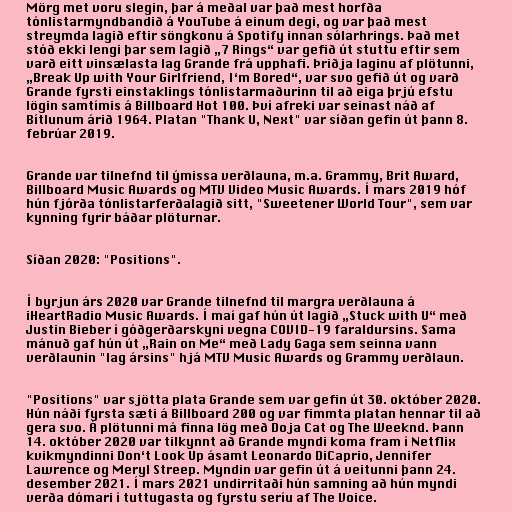
Mörg met voru slegin, þar á meðal var það mest horfða
tónlistarmyndbandið á YouTube á einum degi, og var það mest
streymda lagið eftir söngkonu á Spotify innan sólarhrings. Það met
stóð ekki lengi þar sem lagið „7 Rings“ var gefið út stuttu eftir sem
varð eitt vinsælasta lag Grande frá upphafi. Þriðja laginu af plötunni,
„Break Up with Your Girlfriend, I‘m Bored“, var svo gefið út og varð
Grande fyrsti einstaklings tónlistarmaðurinn til að eiga þrjú efstu
lögin samtímis á Billboard Hot 100. Því afreki var seinast náð af
Bítlunum árið 1964. Platan "Thank U, Next" var síðan gefin út þann 8.
febrúar 2019.

Grande var tilnefnd til ýmissa verðlauna, m.a. Grammy, Brit Award,
Billboard Music Awards og MTV Video Music Awards. Í mars 2019 hóf
hún fjórða tónlistarferðalagið sitt, "Sweetener World Tour", sem var
kynning fyrir báðar plöturnar.

Síðan 2020: "Positions".

Í byrjun árs 2020 var Grande tilnefnd til margra verðlauna á
iHeartRadio Music Awards. Í maí gaf hún út lagið „Stuck with U“ með
Justin Bieber í góðgerðarskyni vegna COVID-19 faraldursins. Sama
mánuð gaf hún út „Rain on Me“ með Lady Gaga sem seinna vann
verðlaunin "lag ársins" hjá MTV Music Awards og Grammy verðlaun.

"Positions" var sjötta plata Grande sem var gefin út 30. október 2020.
Hún náði fyrsta sæti á Billboard 200 og var fimmta platan hennar til að
gera svo. Á plötunni má finna lög með Doja Cat og The Weeknd. Þann
14. október 2020 var tilkynnt að Grande myndi koma fram í Netflix
kvikmyndinni Don‘t Look Up ásamt Leonardo DiCaprio, Jennifer
Lawrence og Meryl Streep. Myndin var gefin út á veitunni þann 24.
desember 2021. Í mars 2021 undirritaði hún samning að hún myndi
verða dómari í tuttugasta og fyrstu seríu af The Voice.